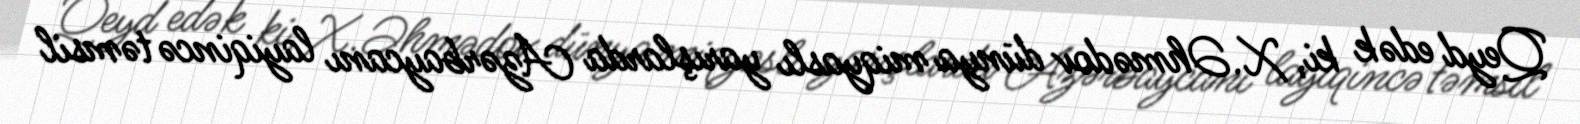
Qeyd edək ki, X.Əhmədov dünya miqyaslı yarışlarda Azərbaycanı layiqincə təmsil